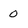
Character: 0